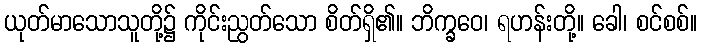
ယုတ်မာသောသူတို့၌ ကိုင်းညွတ်သော စိတ်ရှိ၏။ ဘိက္ခဝေ၊ ရဟန်းတို့။ ခေါ၊ စင်စစ်။